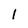
Character: l